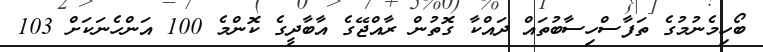
ބޯހިމެނުމުގެ ތަފާސްހިސާބުތައް ދައްކާ ގޮތުން ރާއްޖޭގެ އާބާދީގެ ކޮންމެ 100 އަންހެނަކަށް 103